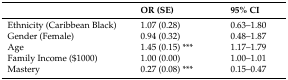
<table><thead><tr><td></td><td><b>OR (SE)</b></td><td><b>95% CI</b></td></tr></thead><tbody><tr><td>Ethnicity (Caribbean Black)</td><td>1.07 (0.28)</td><td>0.63–1.80</td></tr><tr><td>Gender (Female)</td><td>0.94 (0.32)</td><td>0.48–1.87</td></tr><tr><td>Age</td><td>1.45 (0.15) ***</td><td>1.17–1.79</td></tr><tr><td>Family Income ($1000)</td><td>1.00 (0.00)</td><td>1.00–1.01</td></tr><tr><td>Mastery</td><td>0.27 (0.08) ***</td><td>0.15–0.47</td></tr></tbody></table>